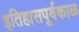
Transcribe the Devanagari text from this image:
इतिहासपूर्वकाळ